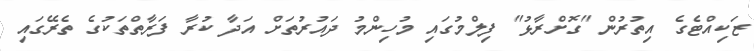
ޒަކިއްޓެގެ އިތުރުން "ގޮށްރާޅު" ފިލްމުގައި މުހިންމު ދައުރުތަށް އަދާ ކުރާ ފަރާތްތަކުގެ ތެރޭގައި